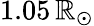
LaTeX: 1.05\, \mathbb{R}_{\odot}